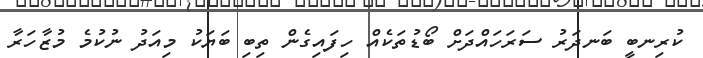
ކުރިނބީ ބަނދަރު ސަރަހައްދަށް ބޯޑުތަކެއް ހިފައިގެން ތިބި ބަޔަކު މިއަދު ނުކުމެ މުޒާހަރާ